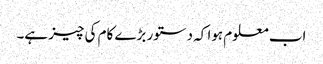
اب معلوم ہوا کہ دستور بڑے کام کی چیز ہے۔